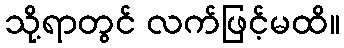
သို့ရာတွင် လက်ဖြင့်မထိ။